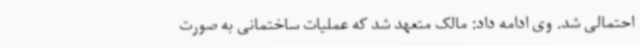
احتمالی شد. وی ادامه داد: مالک متعهد شد که عملیات ساختمانی به صورت